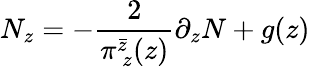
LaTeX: N_{z}=-\frac{2}{\pi_{~z}^{\bar{z}}(z)}\partial_{z}N+g(z)